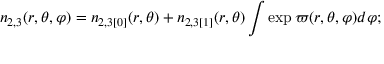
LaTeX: n _ { 2 , 3 } ( r , \theta , \varphi ) = n _ { 2 , 3 [ 0 ] } ( r , \theta ) + n _ { 2 , 3 [ 1 ] } ( r , \theta ) \int \exp \varpi ( r , \theta , \varphi ) d \varphi ;